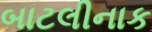
બાટલીનાક